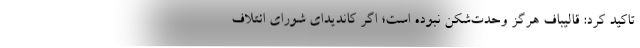
تاکید کرد: قالیباف هرگز وحدت‌شکن نبوده است؛ اگر کاندیدای شورای ائتلاف